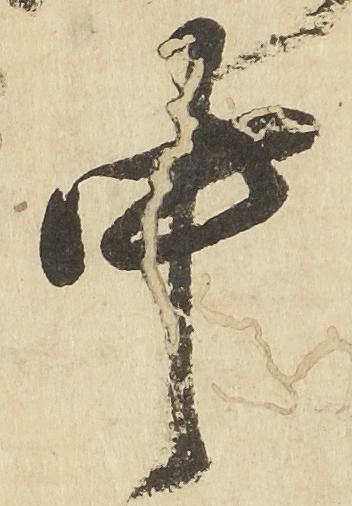
中